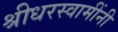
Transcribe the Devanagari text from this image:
श्रीधरस्वामींनी